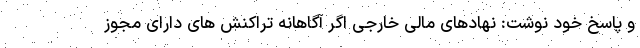
و پاسخ خود نوشت: نهادهای مالی خارجی اگر آگاهانه تراکنش های دارای مجوز